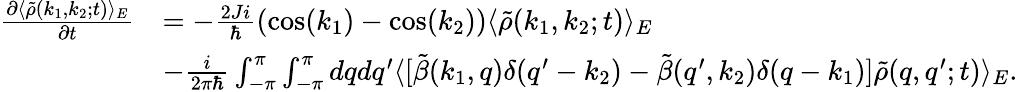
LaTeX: \begin{array}{rl}{\frac{\partial\langle\tilde{\rho}(k_{1},k_{2};t)\rangle_{E}}{\partial t}}&{=-\frac{2Ji}{\hbar}(\cos(k_{1})-\cos(k_{2}))\langle\tilde{\rho}(k_{1},k_{2};t)\rangle_{E}}\\ &{-\frac{i}{2\pi\hbar}\int_{-\pi}^{\pi}\int_{-\pi}^{\pi}dqdq^{\prime}\langle[\tilde{\beta}(k_{1},q)\delta(q^{\prime}-k_{2})-\tilde{\beta}(q^{\prime},k_{2})\delta(q-k_{1})]\tilde{\rho}(q,q^{\prime};t)\rangle_{E}.}\end{array}